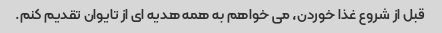
قبل از شروع غذا خوردن، می خواهم به همه هدیه ای از تایوان تقدیم کنم.